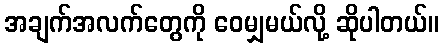
အချက်အလက်တွေကို ဝေမျှမယ်လို့ ဆိုပါတယ်။